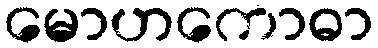
မောဟကောဓာ